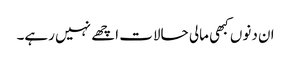
ان دنوں کبھی مالی حالات اچھے نہیں رہے۔